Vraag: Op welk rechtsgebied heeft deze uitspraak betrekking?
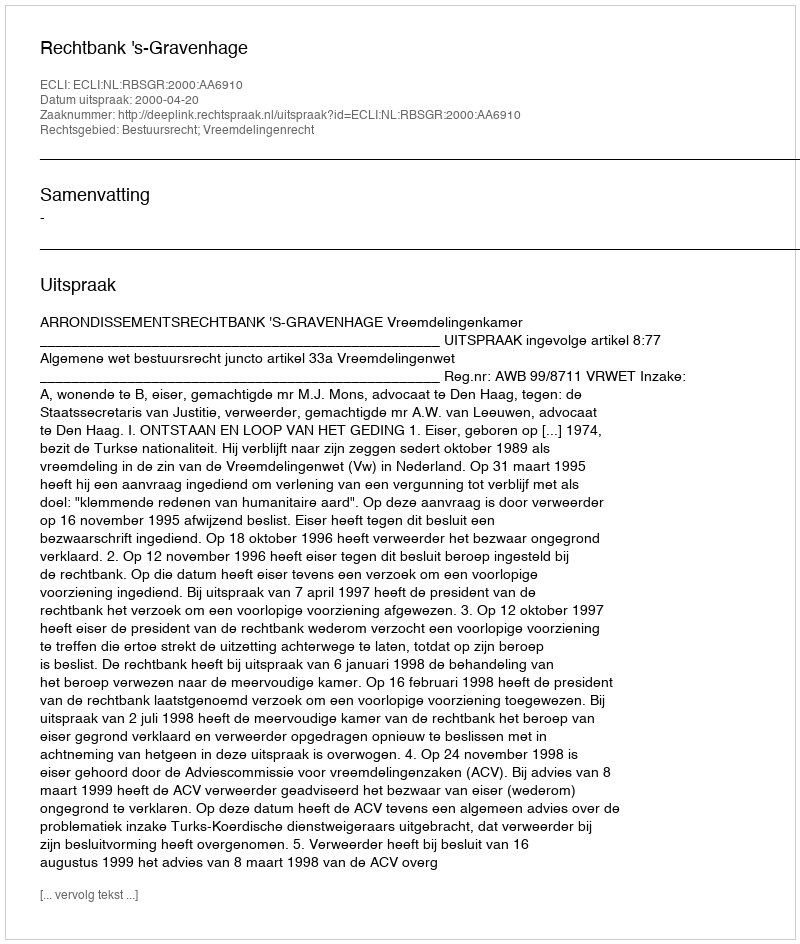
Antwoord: Bestuursrecht; Vreemdelingenrecht